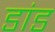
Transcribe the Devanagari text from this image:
डांड